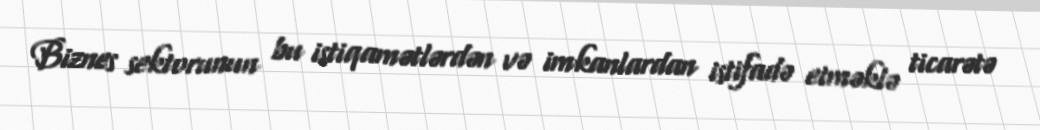
Biznes sektorunun bu istiqamətlərdən və imkanlardan istifadə etməklə ticarətə